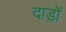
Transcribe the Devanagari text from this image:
दाड़ों